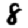
Digit: 8